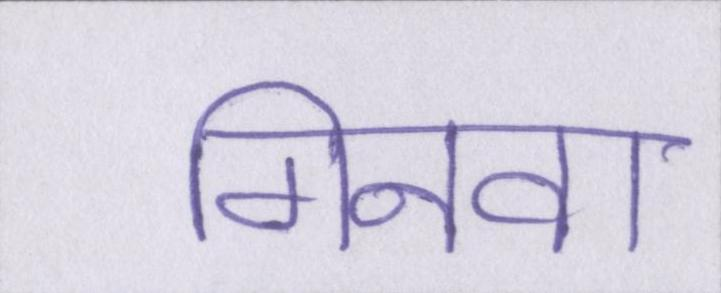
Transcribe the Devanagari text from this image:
गिनवा